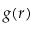
g ( r )